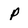
Character: P